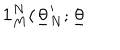
\mathbf { 1 } _ { M } ^ { N } ( \underline { { { \theta } } } _ { N } ^ { \prime } ; \underline { { { \theta } } }